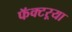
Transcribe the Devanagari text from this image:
फॅक्टऱ्या